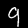
Label: 9